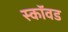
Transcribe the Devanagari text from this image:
स्कॉवड